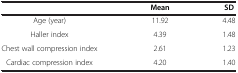
|  | Mean | SD |
 | --- | --- | --- |
 | Age (year) | 11.92 | 4.48 |
 | Haller index | 4.39 | 1.48 |
 | Chest wall compression index | 2.61 | 1.23 |
 | Cardiac compression index | 4.20 | 1.40 |